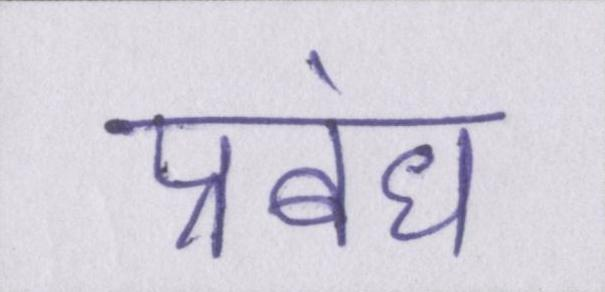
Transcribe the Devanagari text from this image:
प्रबंध